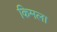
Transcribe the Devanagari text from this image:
किमला